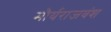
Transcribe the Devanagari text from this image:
मौर्यराजवंश